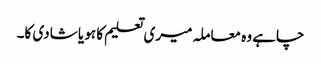
چاہے وہ معاملہ میری تعلیم کا ہو یا شادی کا۔